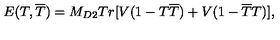
E ( T , \overline { { T } } ) = M _ { D 2 } T r [ V ( 1 - T \overline { { T } } ) + V ( 1 - \overline { { T } } T ) ] ,